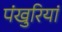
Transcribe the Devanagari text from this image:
पंखुरियां